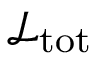
{ \mathcal L } _ { \mathrm { t o t } }